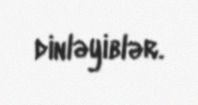
dinləyiblər.